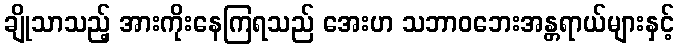
ချိုသာသည့် အားကိုးနေကြရသည် အေးဟ သဘာဝဘေးအန္တရာယ်များနှင့်